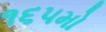
૧૬૫મો